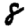
Digit: 8